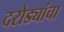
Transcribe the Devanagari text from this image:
दरोड्यांचा